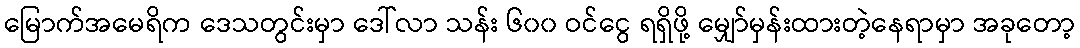
မြောက်အမေရိက ဒေသတွင်းမှာ ဒေါ်လာ သန်း ၆၀၀ ဝင်ငွေ ရရှိဖို့ မျှော်မှန်းထားတဲ့နေရာမှာ အခုတော့